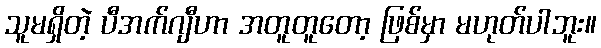
သူမရှိတဲ့ ပီအက်ဂျီဟာ အတူတူတော့ ဖြစ်မှာ မဟုတ်ပါဘူး။